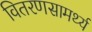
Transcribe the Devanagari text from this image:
वितरणसामर्थ्य